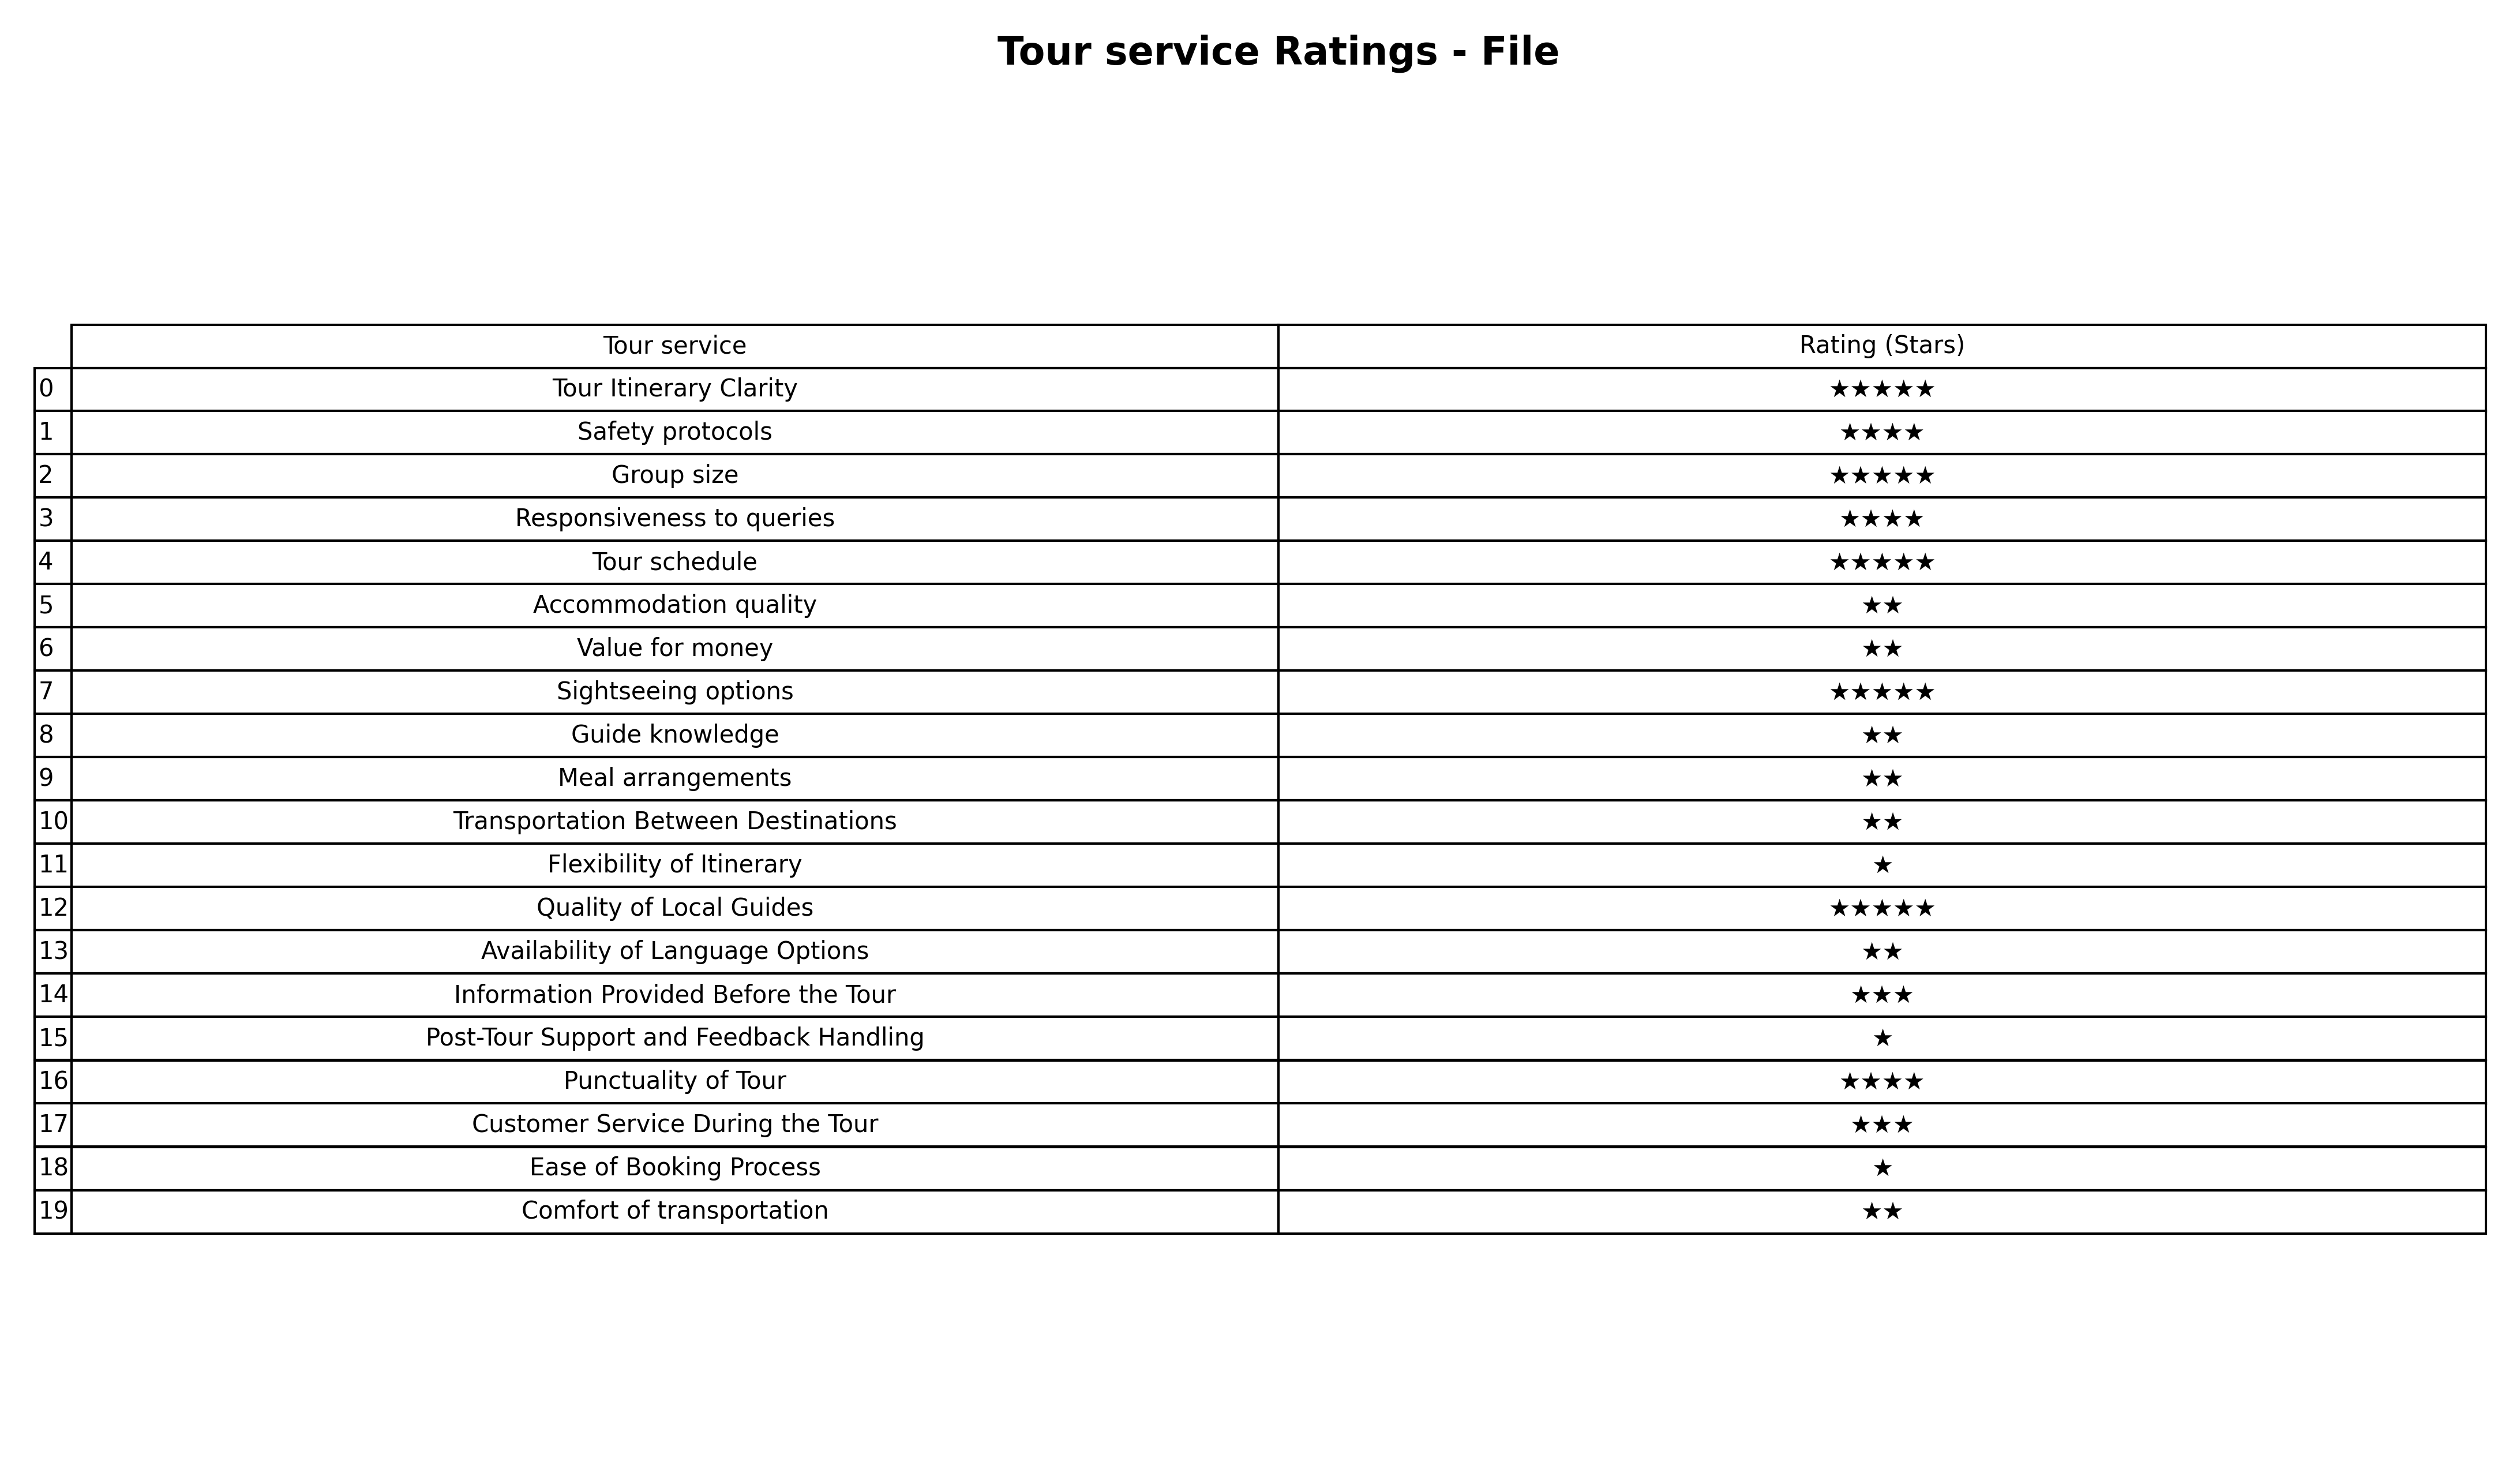
question: What are lowest rating services?
answer: Information Provided Before the TourCustomer Service During the Tour